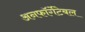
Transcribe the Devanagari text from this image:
अनफॉर्गेटेबल